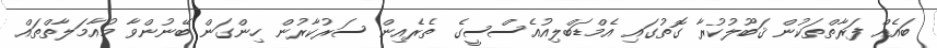
ބައެއް ފަރާތްތަކުން ޤަބޫލުކުރާ ގޮތުގައި އެމްޑަބްލިއުއެސްސީގެ ތެރެއިން ސަރުކާރުން ހިންގަން ބޭނުންވާ މުއާމަލާތްތައް